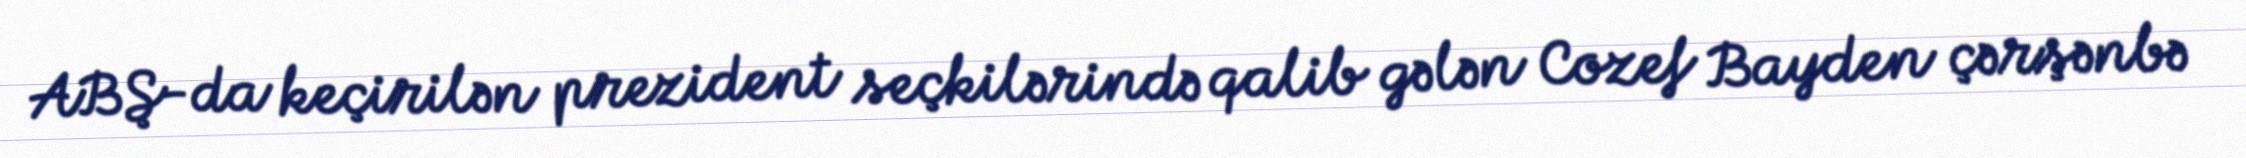
ABŞ-da keçirilən prezident seçkilərində qalib gələn Cozef Bayden çərşənbə